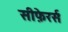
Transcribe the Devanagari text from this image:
सीफ़ेरर्स